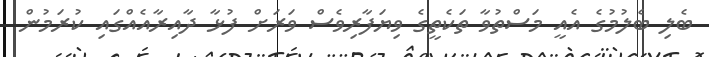
ބެލި ބެލުމުގެ އެއީ މަސްތުވާ ތަކެތީގެ ވިޔަފާރިވެސް ވަރަށް ފުޅާ ދާއިރާއެއްގައި ކުރަމުން